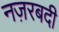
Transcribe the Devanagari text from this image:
नज़रबदी